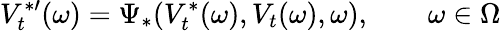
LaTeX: V_{t}^{\ast\prime}(\omega)=\Psi_{\ast}(V_{t}^{\ast}(\omega),V_{t}(\omega),\omega),\qquad\omega\in\Omega